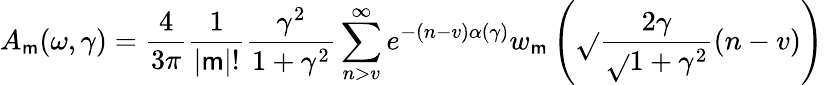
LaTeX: A_{\mathsf{m}}(\omega,\gamma)={\frac{{4}}{{3\pi}}}{\frac{{1}}{{|\mathsf{m}|!}}}{\frac{{\gamma^{2}}}{{1+\gamma^{2}}}}\sum_{n>v}^{\infty}e^{-(n-v)\alpha(\gamma)}w_{\mathsf{m}}\left({\sqrt{}{{{\frac{{2\gamma}}{{\sqrt{}{{1+\gamma^{2}}}}}}(n-v)}}}\right)